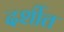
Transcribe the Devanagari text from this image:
दर्शीत